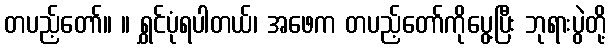
တပည့်တော်။ ။ ရွှင်ပုံရပါတယ်၊ အဖေက တပည့်တော်ကိုပွေ့ပြီး ဘုရားပွဲတို့